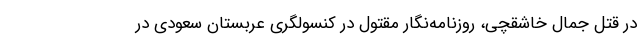
در قتل جمال خاشقچی، روزنامه‌نگار مقتول در کنسولگری عربستان سعودی در